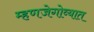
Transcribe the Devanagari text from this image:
म्हणजेगोव्यात